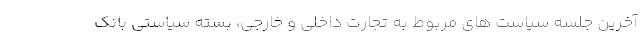
آخرین جلسه سیاست های مربوط به تجارت داخلی و خارجی، بسته سیاستی بانک